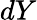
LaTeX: dY